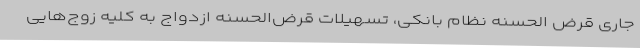
جاری قرض الحسنه نظام بانکی، تسهیلات قرض‌الحسنه ازدواج به کلیه زوج‌هایی